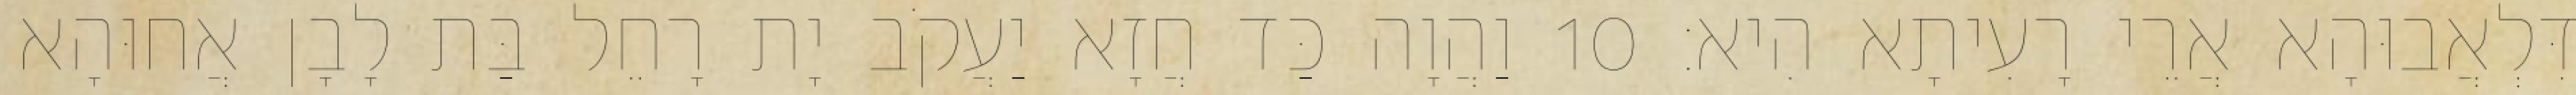
דִּלְאֲבוּהָא אֲרֵי רָעִיתָא הִיא׃ 10 וַהֲוָה כַּד חֲזָא יַעֲקֹב יָת רָחֵל בַּת לָבָן אֲחוּהָא